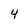
Character: 4